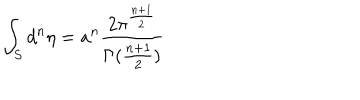
\int _ { S } { d ^ { n } } { \eta } = a ^ { n } \frac { 2 \pi ^ { \frac { n + 1 } { 2 } } } { \Gamma ( \frac { n + 1 } { 2 } ) }